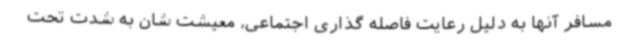
مسافر آنها به دلیل رعایت فاصله گذاری اجتماعی، معیشت شان به شدت تحت